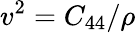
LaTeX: v^{2}=C_{44}/\rho